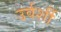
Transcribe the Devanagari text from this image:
उर्वर्शी